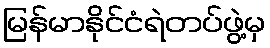
မြန်မာနိုင်ငံရဲတပ်ဖွဲ့မှ